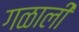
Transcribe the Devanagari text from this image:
गळाली